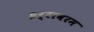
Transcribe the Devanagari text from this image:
इर्रावरम